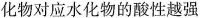
化物对应水化物的酸性越强